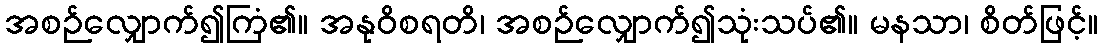
အစဉ်လျှောက်၍ကြံ၏။ အနုဝိစရတိ၊ အစဉ်လျှောက်၍သုံးသပ်၏။ မနသာ၊ စိတ်ဖြင့်။